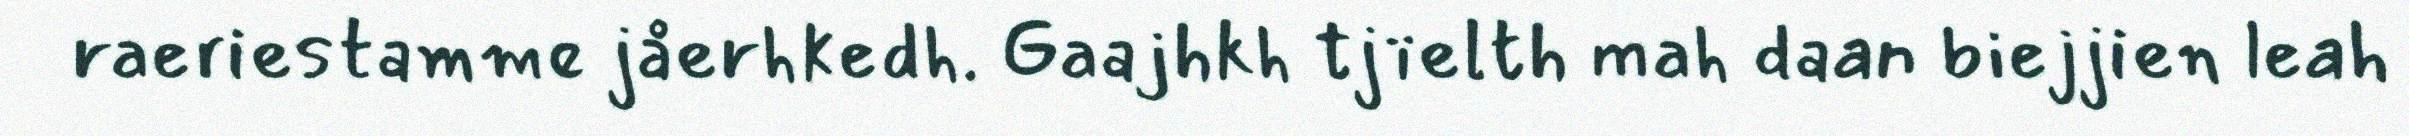
raeriestamme jåerhkedh. Gaajhkh tjïelth mah daan biejjien leah